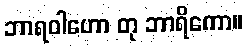
ဘာရဝါဟော တု ဘာရိကော။